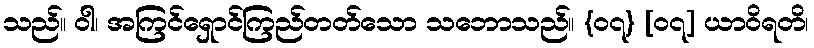
သည်။ ဝါ၊ အကြင်ရှောင်ကြည်တတ်သော သဘောသည်။ {၀၇} [၀၇] ယာဝိရတိ၊